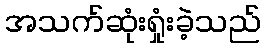
အသက်ဆုံးရှုံးခဲ့သည်